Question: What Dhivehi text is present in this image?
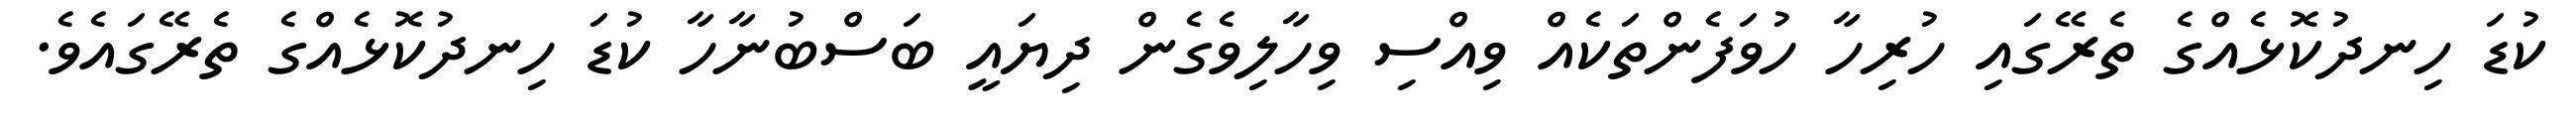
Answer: ކުޑަ ހިނދުކޮޅެއްގެ ތެރޭގައި ހުރިހާ ހުވަފެންތަކެއް ވިއްސި ވިހާލިވެގެން ދިޔައީ ބަސްބުނާހާ ކުޑަ ހިނދުކޮޅެއްގެ ތެރޭގައެވެ.